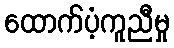
ထောက်ပံ့ကူညီမှု